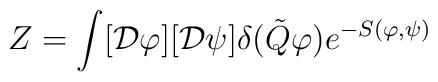
Z=\int [{\cal D}\varphi ][{\cal D}\psi ]\delta (\tilde {Q} \varphi ) e^{-S(\varphi ,\psi)}